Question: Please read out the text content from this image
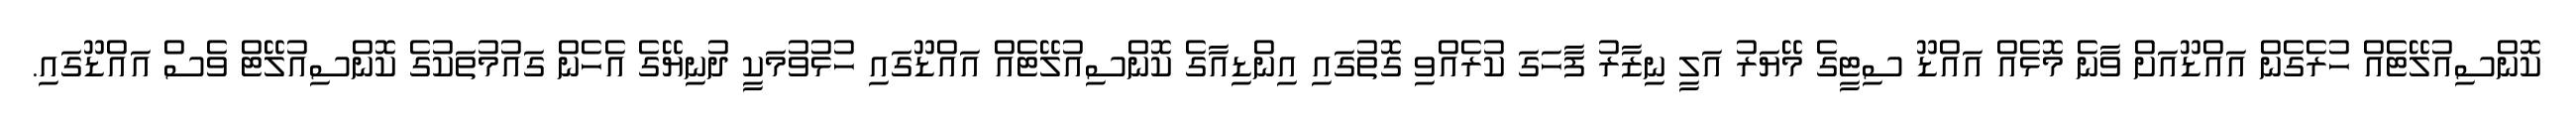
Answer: ކޮންސިއުލޭޓެއް ހުރެގެން އައްޑޫއަށް ވާނެ މޮޅެއް އައްޑޫ ސިޓީގެ މޭޔަރު އަލީ ނިޒާރު ފާހަގަ ކުރެއްވި ގޮތުގައި އިންޑިއާގެ ކޮންސިއުލޭޓެއް އައްޑޫގައި ހުޅުވުމަކީ ދުނިޔޭގެ އެހެން ގައުމުތަކުގެ ކޮންސިއުލޭޓް ވެސް އައްޑޫގައި.